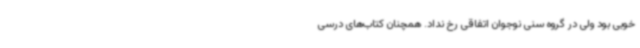
خوبی بود ولی در گروه سنی نوجوان اتفاقی رخ نداد. همچنان کتاب‌های درسی